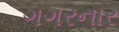
ગગરનાર